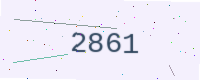
Text: 2861